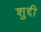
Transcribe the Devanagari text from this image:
शुद्दी